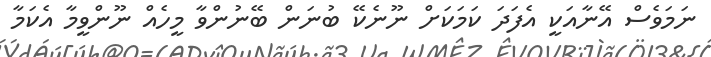
ނަމަވެސް އޭނާއަކީ އެފަދަ ކަމަކަށް ނޫނެކޭ ބުނަން ބޭނުންވާ މީހެއް ނޫންވީމާ އެކަމާ